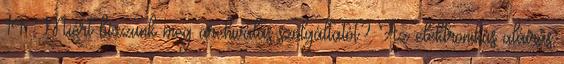
14 Miért bízzunk meg archiválás szolgáltatót? Az elektronikus aláírás